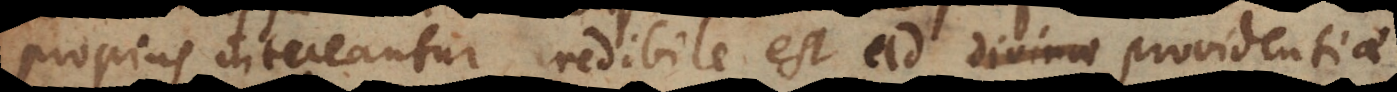
propius intueantur, credibile est ad providentiae